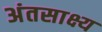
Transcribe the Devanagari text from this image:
अंतसाक्ष्य